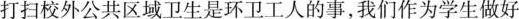
打扫校外公共区域卫生是环卫工人的事，我们作为学生做好